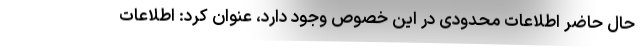
حال حاضر اطلاعات محدودی در این خصوص وجود دارد، عنوان کرد: اطلاعات